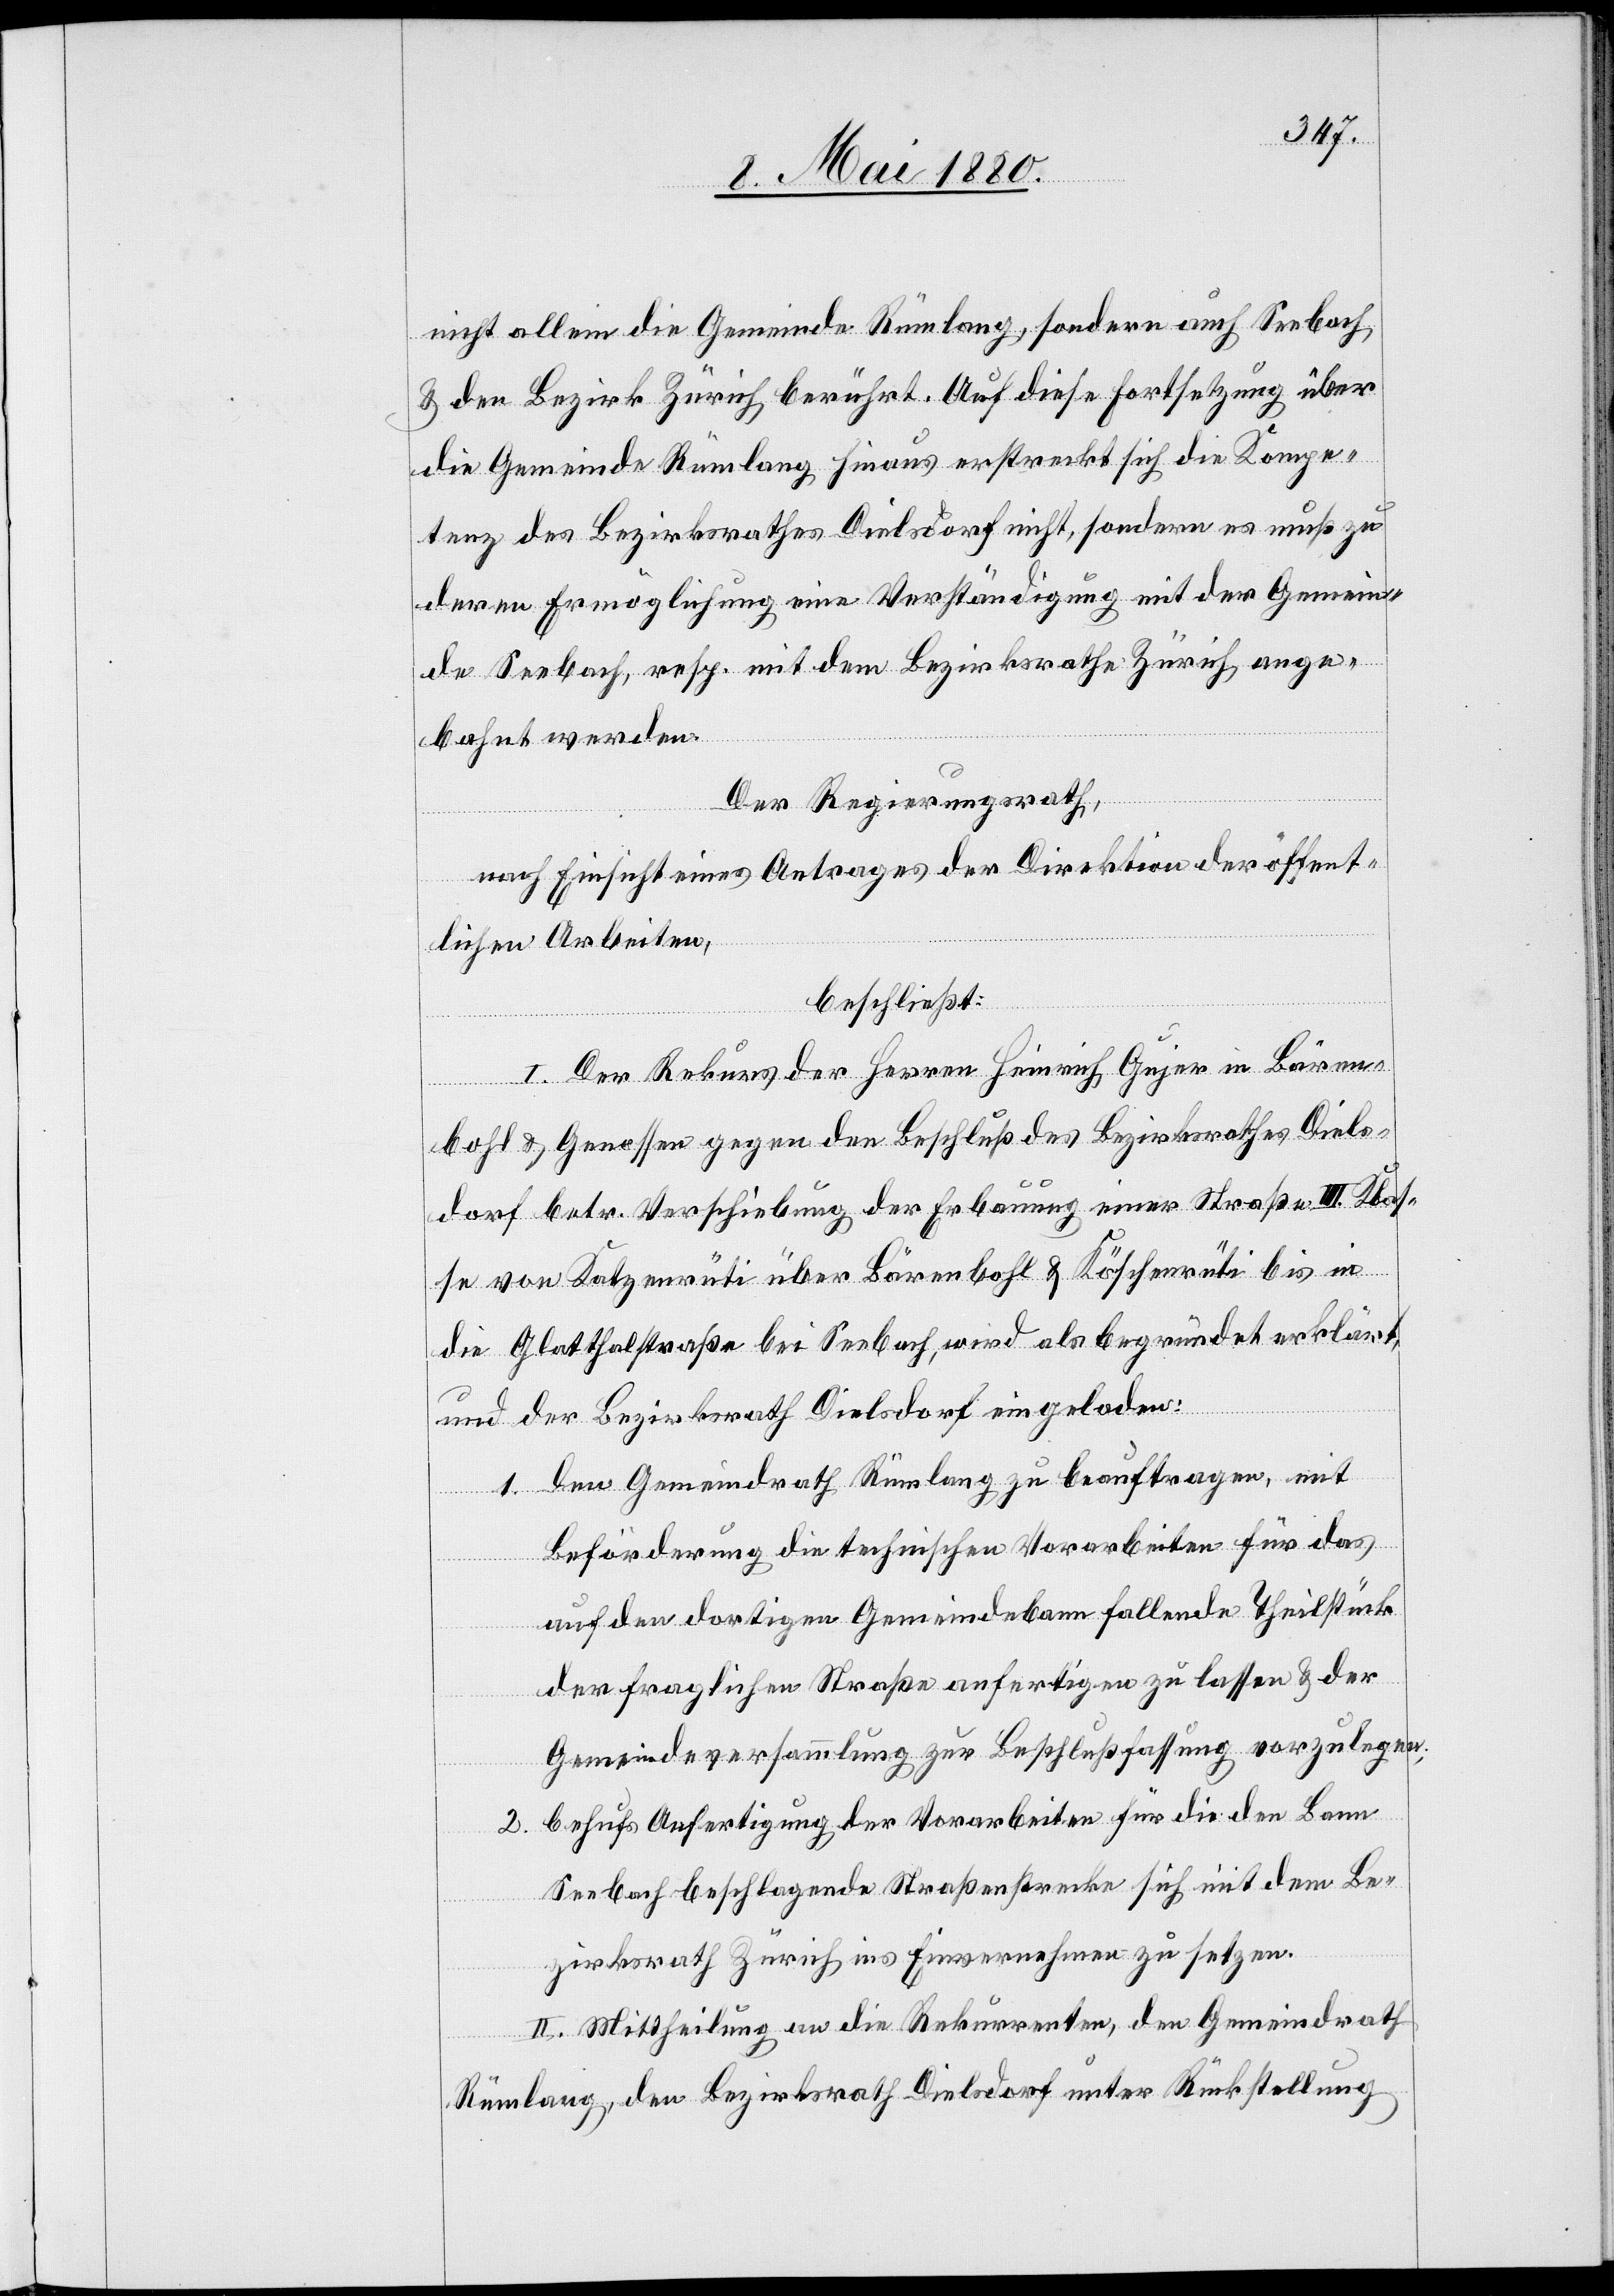
nicht allein die Gemeinde Rümlang, sondern auch Seebach
& den Bezirk Zürich berührt. Auf diese Fortsetzung über
die Gemeinde Rümlang hinaus erstreckt sich die Kompe¬
tenz des Bezirksrathes Dielsdorf nicht, sondern es muß zu
deren Ermöglichung eine Verständigung mit der Gemein¬
de Seebach, resp. mit dem Bezirksrathe Zürich ange¬
bahnt werden.
Der Regierungsrath,
nach Einsicht eines Antrages der Direktion der öffent¬
lichen Arbeiten,
beschließt:
I. Der Rekurs der Herren Heinrich Gujer in Bären¬
bohl & Genossen gegen den Beschluß des Bezirksrathes Diels¬
dorf betr. Verschiebung der Erbauung einer Straße III. Klas¬
se von Katzenrüti über Bärenbohl & Köschenrüti bis in
die Glatthalstraße bei Seebach, wird als begründet erklärt,
und der Bezirksrath Dielsdorf eingeladen:
den Gemeindrath Rümlang zu beauftragen, mit
1.
Beförderung die technischen Vorarbeiten für das
auf den dortigen Gemeindebann fallende Theilstück
der fraglichen Straße anfertigen zu lassen & der
Gemeindeversammlung zur Beschlußfassung vorzulegen;
2. behufs Anfertigung der Vorarbeiten für die den Bann
Seebach beschlagende Straßenstrecke sich mit dem Be¬
zirksrath Zürich ins Einvernehmen zu setzen.
II. Mittheilung an die Rekurrenten, den Gemeindrath
Rümlang, den Bezirksrath Dielsdorf unter Rückstellung